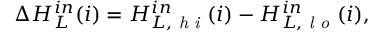
\Delta H _ { L } ^ { i n } ( i ) = H _ { L , \textit { h i } } ^ { i n } ( i ) - H _ { L , \textit { l o } } ^ { i n } ( i ) ,